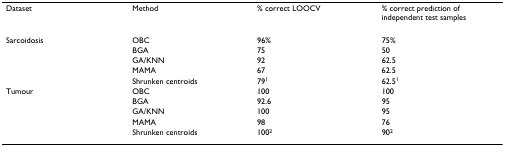
| Dataset | Method | % correct LOOCV | % correct prediction of independent test samples |
 | --- | --- | --- | --- |
 | Sarcoidosis | OBC | 96% | 75% |
 |  | BGA | 75 | 50 |
 |  | GA/KNN | 92 | 62.5 |
 |  | MAMA | 67 | 62.5 |
 |  | Shrunken centroids | 791 | 62.51 |
 | Tumour | OBC | 100 | 100 |
 |  | BGA | 92.6 | 95 |
 |  | GA/KNN | 100 | 95 |
 |  | MAMA | 98 | 76 |
 |  | Shrunken centroids | 1002 | 902 |